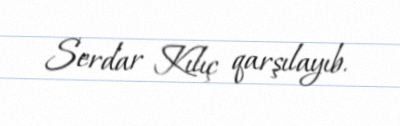
Serdar Kılıç qarşılayıb.